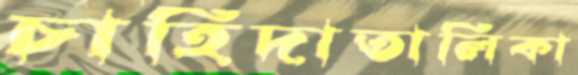
চাহিদাতালিকা